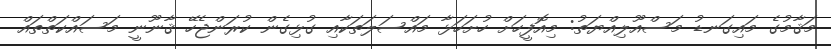
މަޤާމުގެ މައިގަނޑު މަސްއޫލިއްޔަތު: މިއޮފީހަށް ހުށަހަޅާ މައްސަލަތަކާއި ގުޅިގެން ކުރަންޖެހޭ ޤާނޫނީ މަސައްކަތްތައް